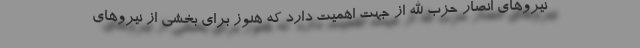
نیروهای انصار حزب الله از جهت اهمیت دارد که هنوز برای بخشی از نیروهای